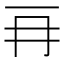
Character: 𠕅